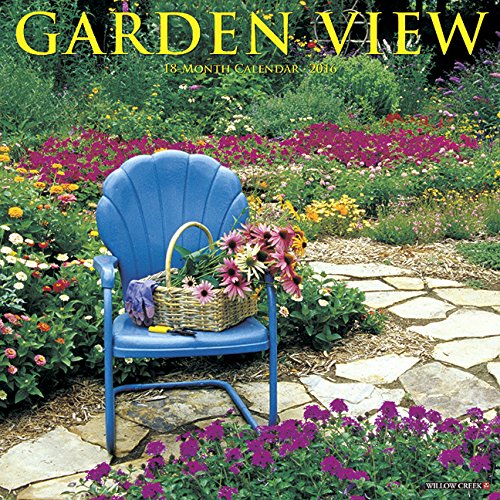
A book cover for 2016 Garden View Wall Calendar; Willow Creek Press; Calendars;